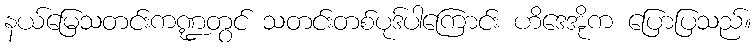
နယ်မြေသတင်းကဏ္ဍတွင် သတင်းတစ်ပုဒ်ပါကြောင်း ဟိဒေအိုက ပြောပြသည်။